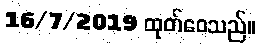
16/7/2019 ထုတ်ဝေသည်။